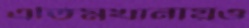
এতিমখানায়ও